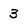
Character: 3